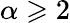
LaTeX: \alpha\geqslant 2